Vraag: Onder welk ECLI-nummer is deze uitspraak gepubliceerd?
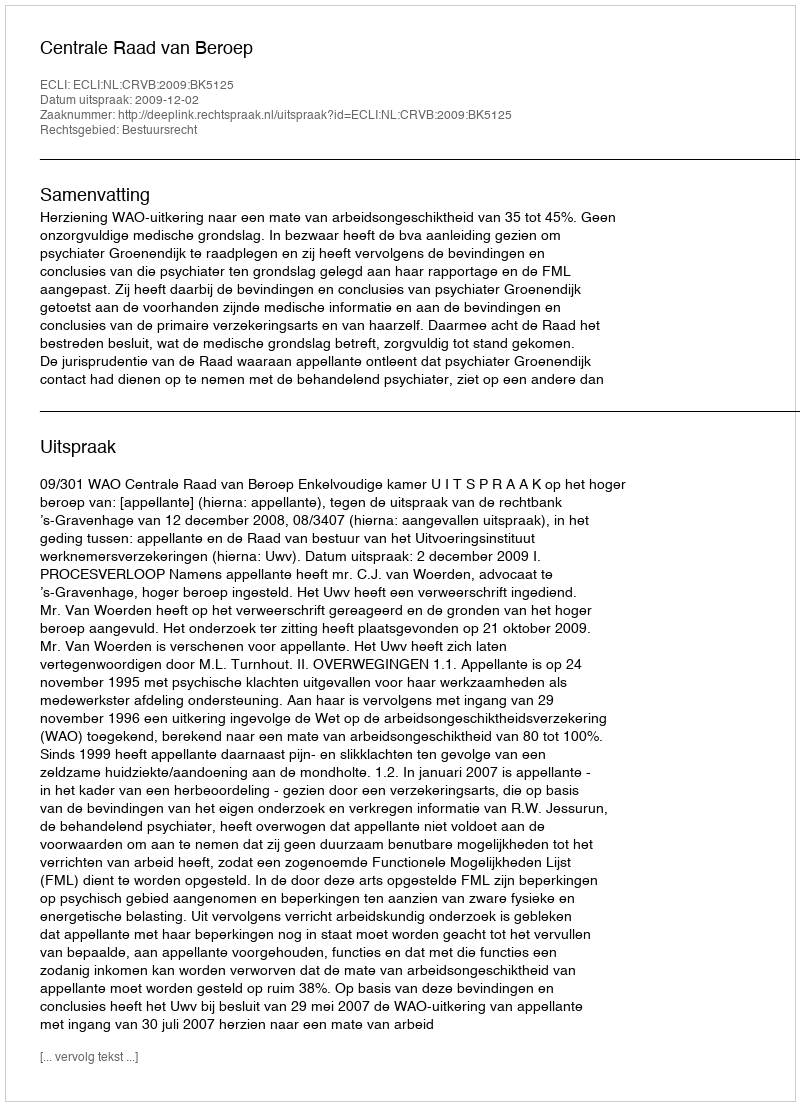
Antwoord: ECLI:NL:CRVB:2009:BK5125